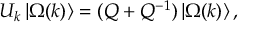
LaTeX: U _ { k } \left| \Omega ( k ) \right\rangle = ( Q + Q ^ { - 1 } ) \left| \Omega ( k ) \right\rangle ,